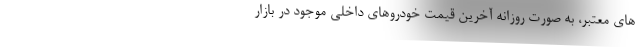
های معتبر، به صورت روزانه آخرین قیمت خودروهای داخلی موجود در بازار